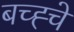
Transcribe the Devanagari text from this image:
बच्ह्चे